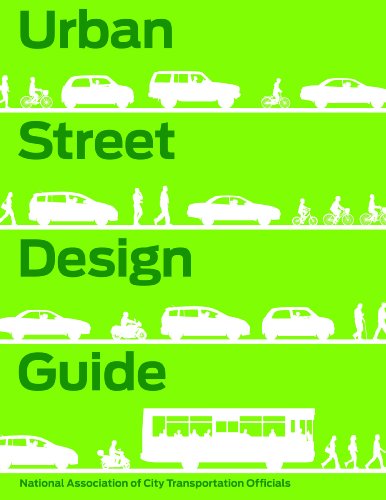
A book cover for Urban Street Design Guide; National Association of City Transportation Officials; Arts & Photography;